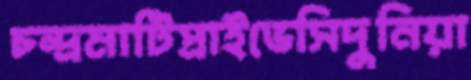
চন্দ্রমাটিপ্রাইভেসিদুনিয়া